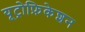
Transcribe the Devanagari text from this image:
यूट्रोफ़िकेशन